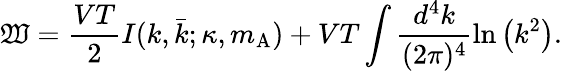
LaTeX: \mathfrak{W}=\frac{{VT}}{{2}}I(k,\bar{{k}};\kappa,m_{\mathrm{{A}}})+VT\int\frac{{d^{4}k}}{{(2\pi)^{4}}}\ln\left(k^{2}\right).